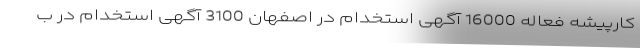
کارپیشه فعاله 16000 آگهی استخدام در اصفهان 3100 آگهی استخدام در ب